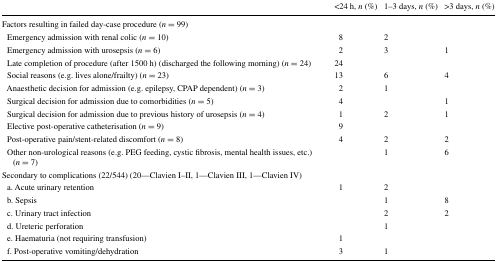
|  | <24 h, n (%) | 1–3 days, n (%) | >3 days, n (%) |
 | --- | --- | --- | --- |
 | <COLSPAN=4> Factors resulting in failed day-case procedure (n = 99) |
 | Emergency admission with renal colic (n = 10) | 8 | 2 |  |
 | Emergency admission with urosepsis (n = 6) | 2 | 3 | 1 |
 | Late completion of procedure (after 1500 h) (discharged the following morning) (n = 24) | 24 |  |  |
 | Social reasons (e.g. lives alone/frailty) (n = 23) | 13 | 6 | 4 |
 | Anaesthetic decision for admission (e.g. epilepsy, CPAP dependent) (n = 3) | 2 | 1 |  |
 | Surgical decision for admission due to comorbidities (n = 5) | 4 |  | 1 |
 | Surgical decision for admission due to previous history of urosepsis (n = 4) | 1 | 2 | 1 |
 | Elective post-operative catheterisation (n = 9) | 9 |  |  |
 | Post-operative pain/stent-related discomfort (n = 8) | 4 | 2 | 2 |
 | Other non-urological reasons (e.g. PEG feeding, cystic fibrosis, mental health issues, etc.) (n = 7) |  | 1 | 6 |
 | <COLSPAN=4> Secondary to complications (22/544) (20—Clavien I–II, 1—Clavien III, 1—Clavien IV) |
 | a. Acute urinary retention | 1 | 2 |  |
 | b. Sepsis |  | 1 | 8 |
 | c. Urinary tract infection |  | 2 | 2 |
 | d. Ureteric perforation |  | 1 |  |
 | e. Haematuria (not requiring transfusion) | 1 |  |  |
 | f. Post-operative vomiting/dehydration | 3 | 1 |  |